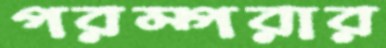
পরম্পরার